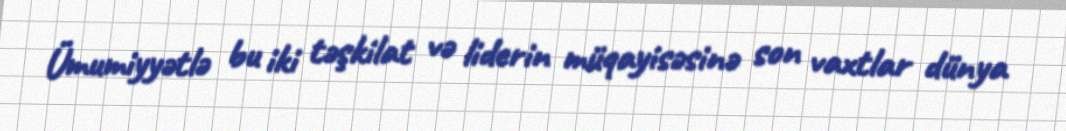
Ümumiyyətlə bu iki təşkilat və liderin müqayisəsinə son vaxtlar dünya